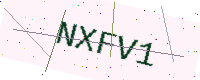
Text: NXFV1